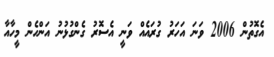
އެގޮތުން 2006 ވަނަ އަހަރު ގުރައެއް ވަނީ އެސޮރު ގެންގުޅުނު އަންހެން މީހާއާ